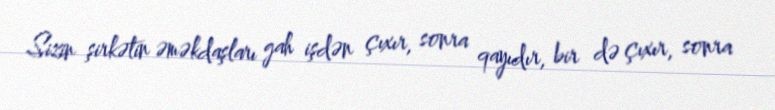
Sizin şirkətin əməkdaşları gah işdən çıxır, sonra qayıdır, bir də çıxır, sonra